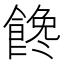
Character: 𩝎